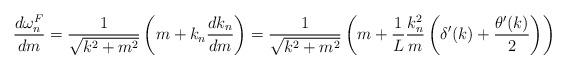
LaTeX: \begin{align*}{d\omega^F_n\over dm} = {1\over\sqrt{k^2+m^2}}\left(m + k_n {dk_n\over dm}\right) = {1\over\sqrt{k^2+m^2}}\left(m + {1\over L}{k_n^2\over m}\left(\delta^\prime(k)+{\theta^\prime(k)\over2}\right)\right)\end{align*}